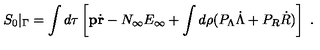
S _ { 0 } \vert _ { \Gamma } = \int d \tau \left[ { \mathbf p } \dot { \mathbf r } - N _ { \infty } E _ { \infty } + \int d \rho ( P _ { \Lambda } \dot { \Lambda } + P _ { R } \dot { R } ) \right] \ .